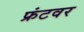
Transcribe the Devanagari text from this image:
फ्रंटवर